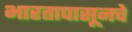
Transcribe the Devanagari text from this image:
भारतापासूनचे